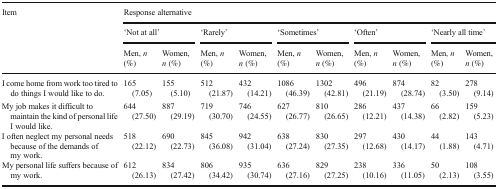
<table><thead><tr><td rowspan="3"><b>Item</b></td><td colspan="10"><b>Response alternative</b></td></tr><tr><td colspan="2"><b>‘Not at all’</b></td><td colspan="2"><b>‘Rarely’</b></td><td colspan="2"><b>‘Sometimes’</b></td><td colspan="2"><b>‘Often’</b></td><td colspan="2"><b>‘Nearly all time’</b></td></tr><tr><td><b>Men, <i>n</i> (%)</b></td><td><b>Women, <i>n</i> (%)</b></td><td><b>Men, <i>n</i> (%)</b></td><td><b>Women, <i>n</i> (%)</b></td><td><b>Men, <i>n</i> (%)</b></td><td><b>Women, <i>n</i> (%)</b></td><td><b>Men, <i>n</i> (%)</b></td><td><b>Women, <i>n</i> (%)</b></td><td><b>Men, <i>n</i> (%)</b></td><td><b>Women, <i>n</i> (%)</b></td></tr></thead><tbody><tr><td>I come home from work too tired to do things I would like to do.</td><td>165 (7.05)</td><td>155 (5.10)</td><td>512 (21.87)</td><td>432 (14.21)</td><td>1086 (46.39)</td><td>1302 (42.81)</td><td>496 (21.19)</td><td>874 (28.74)</td><td>82 (3.50)</td><td>278 (9.14)</td></tr><tr><td>My job makes it difficult to maintain the kind of personal life I would like.</td><td>644 (27.50)</td><td>887 (29.19)</td><td>719 (30.70)</td><td>746 (24.55)</td><td>627 (26.77)</td><td>810 (26.65)</td><td>286 (12.21)</td><td>437 (14.38)</td><td>66 (2.82)</td><td>159 (5.23)</td></tr><tr><td>I often neglect my personal needs because of the demands of my work.</td><td>518 (22.12)</td><td>690 (22.73)</td><td>845 (36.08)</td><td>942 (31.04)</td><td>638 (27.24)</td><td>830 (27.35)</td><td>297 (12.68)</td><td>430 (14.17)</td><td>44 (1.88)</td><td>143 (4.71)</td></tr><tr><td>My personal life suffers because of my work.</td><td>612 (26.13)</td><td>834 (27.42)</td><td>806 (34.42)</td><td>935 (30.74)</td><td>636 (27.16)</td><td>829 (27.25)</td><td>238 (10.16)</td><td>336 (11.05)</td><td>50 (2.13)</td><td>108 (3.55)</td></tr></tbody></table>